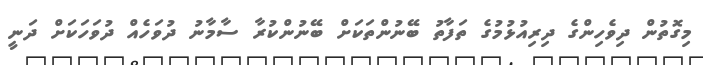
މިގޮތުން ދިވެހިންގެ ދިރިއުޅުމުގެ ތަފާތު ބޭނުންތަކަށް ބޭނުންކުރާ ސާމާނު ދުވަހެއް ދުވަހަކަށް ދަނީ